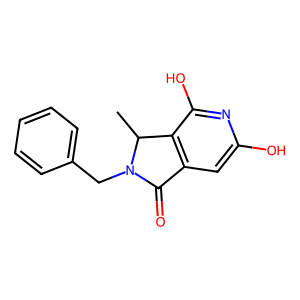
SMILES: CC1c2c(cc(O)nc2O)C(=O)N1Cc1ccccc1
Inhibits HIV replication: No